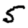
Digit: 5